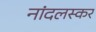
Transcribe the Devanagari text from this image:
नांदलस्कर